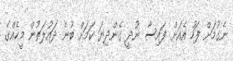
ނެގުމަށް ފަހު އެއަށް ފައިސާ ނުދީ ގެންދިޔަ ކަމަށް ބުނެ ދައުލަތުން މީހެއްގެ